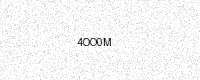
Text: 4OO0M